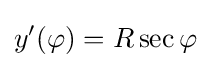
y'(\varphi )=R\sec \varphi